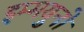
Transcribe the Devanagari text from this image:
इम्मयुनो